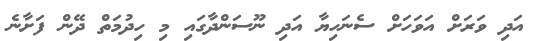
އަދި ވަރަށް އަވަހަށް ސެނަހިޔާ އަދި ނޫސަންދާގައި މި ހިދުމަތް ދޭން ފަށާނެ